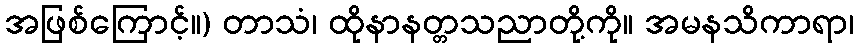
အဖြစ်ကြောင့်။) တာသံ၊ ထိုနာနတ္တသညာတို့ကို။ အမနသိကာရာ၊